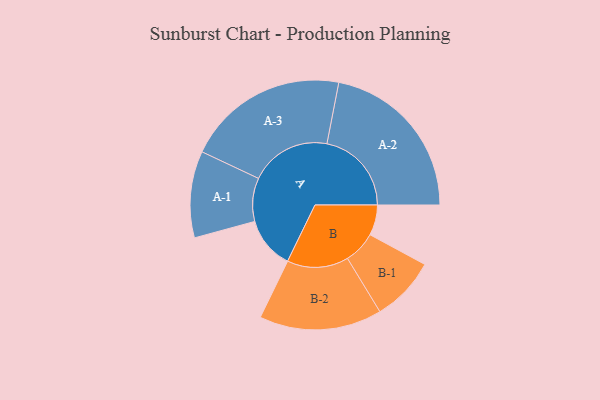
{"axis": {"x": "Segment", "y": "Value"}, "legend": ["", "A", "B"], "data": [{"x": "A", "y": 182, "type": ""}, {"x": "B", "y": 106, "type": ""}, {"x": "A-1", "y": 151, "type": "A"}, {"x": "A-2", "y": 295, "type": "A"}, {"x": "A-3", "y": 283, "type": "A"}, {"x": "B-1", "y": 113, "type": "B"}, {"x": "B-2", "y": 214, "type": "B"}]}